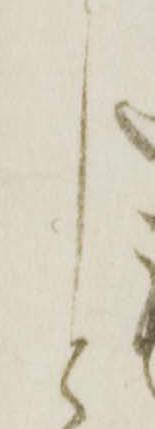
と